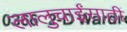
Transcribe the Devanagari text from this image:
लालुचाईंसाठीं